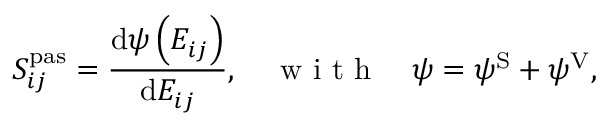
S _ { i j } ^ { \mathrm { p a s } } = \frac { \mathrm { d } \psi \left( E _ { i j } ^ { \phantom { } } \right) } { \mathrm { d } E _ { i j } ^ { \phantom { } } } , \quad \mathrm { ~ w ~ i ~ t ~ h ~ } \quad \psi = \psi ^ { \mathrm { { S } } } + \psi ^ { \mathrm { { V } } } ,